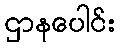
ဌာနပေါင်း